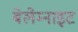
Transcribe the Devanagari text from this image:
बेलेम्नाइट